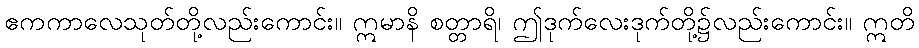
ဧကကာလေသုတ်တို့လည်းကောင်း။ ဣမာနိ စတ္တာရိ၊ ဤဒုက်လေးဒုက်တို့၌လည်းကောင်း။ ဣတိ